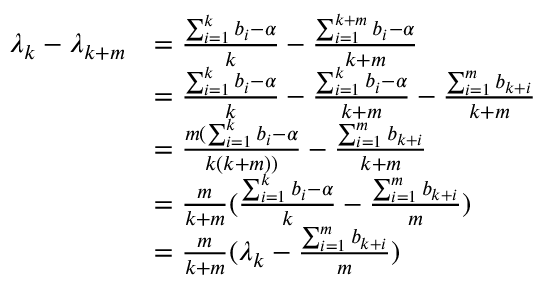
\begin{array} { r l } { \lambda _ { k } - \lambda _ { k + m } } & { = \frac { \sum _ { i = 1 } ^ { k } b _ { i } - \alpha } { k } - \frac { \sum _ { i = 1 } ^ { k + m } b _ { i } - \alpha } { k + m } } \\ & { = \frac { \sum _ { i = 1 } ^ { k } b _ { i } - \alpha } { k } - \frac { \sum _ { i = 1 } ^ { k } b _ { i } - \alpha } { k + m } - \frac { \sum _ { i = 1 } ^ { m } b _ { k + i } } { k + m } } \\ & { = \frac { m ( \sum _ { i = 1 } ^ { k } b _ { i } - \alpha } { k ( k + m ) ) } - \frac { \sum _ { i = 1 } ^ { m } b _ { k + i } } { k + m } } \\ & { = \frac { m } { k + m } ( \frac { \sum _ { i = 1 } ^ { k } b _ { i } - \alpha } { k } - \frac { \sum _ { i = 1 } ^ { m } b _ { k + i } } { m } ) } \\ & { = \frac { m } { k + m } ( \lambda _ { k } - \frac { \sum _ { i = 1 } ^ { m } b _ { k + i } } { m } ) } \end{array}